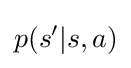
p(s'|s,a)